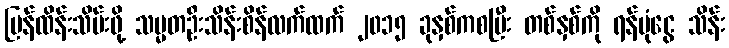
ပြန်ထိန်းသိမ်းဖို့ သမ္မတဦးသိန်းစိန်လက်ထက် ၂၀၁၅ ခုနှစ်ကစပြီး တစ်နှစ်ကို ရန်ပုံငွေ သိန်း